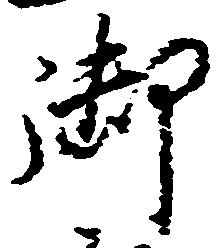
御